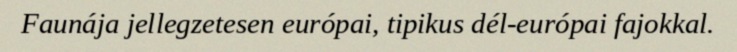
Faunája jellegzetesen európai, tipikus dél-európai fajokkal.